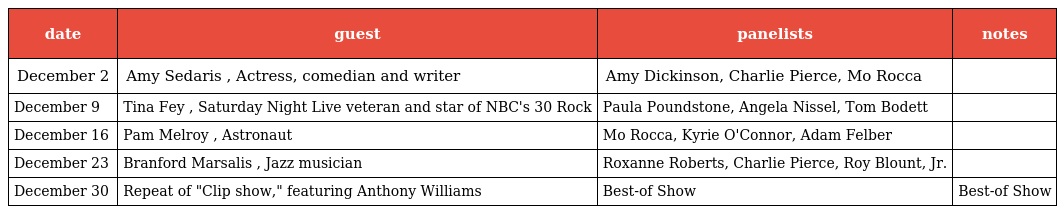
| date | guest | panelists | notes |
 | --- | --- | --- | --- |
 | December 2 | Amy Sedaris , Actress, comedian and writer | Amy Dickinson, Charlie Pierce, Mo Rocca |  |
 | December 9 | Tina Fey , Saturday Night Live veteran and star of NBC's 30 Rock | Paula Poundstone, Angela Nissel, Tom Bodett |  |
 | December 16 | Pam Melroy , Astronaut | Mo Rocca, Kyrie O'Connor, Adam Felber |  |
 | December 23 | Branford Marsalis , Jazz musician | Roxanne Roberts, Charlie Pierce, Roy Blount, Jr. |  |
 | December 30 | Repeat of "Clip show," featuring Anthony Williams | Best-of Show | Best-of Show |